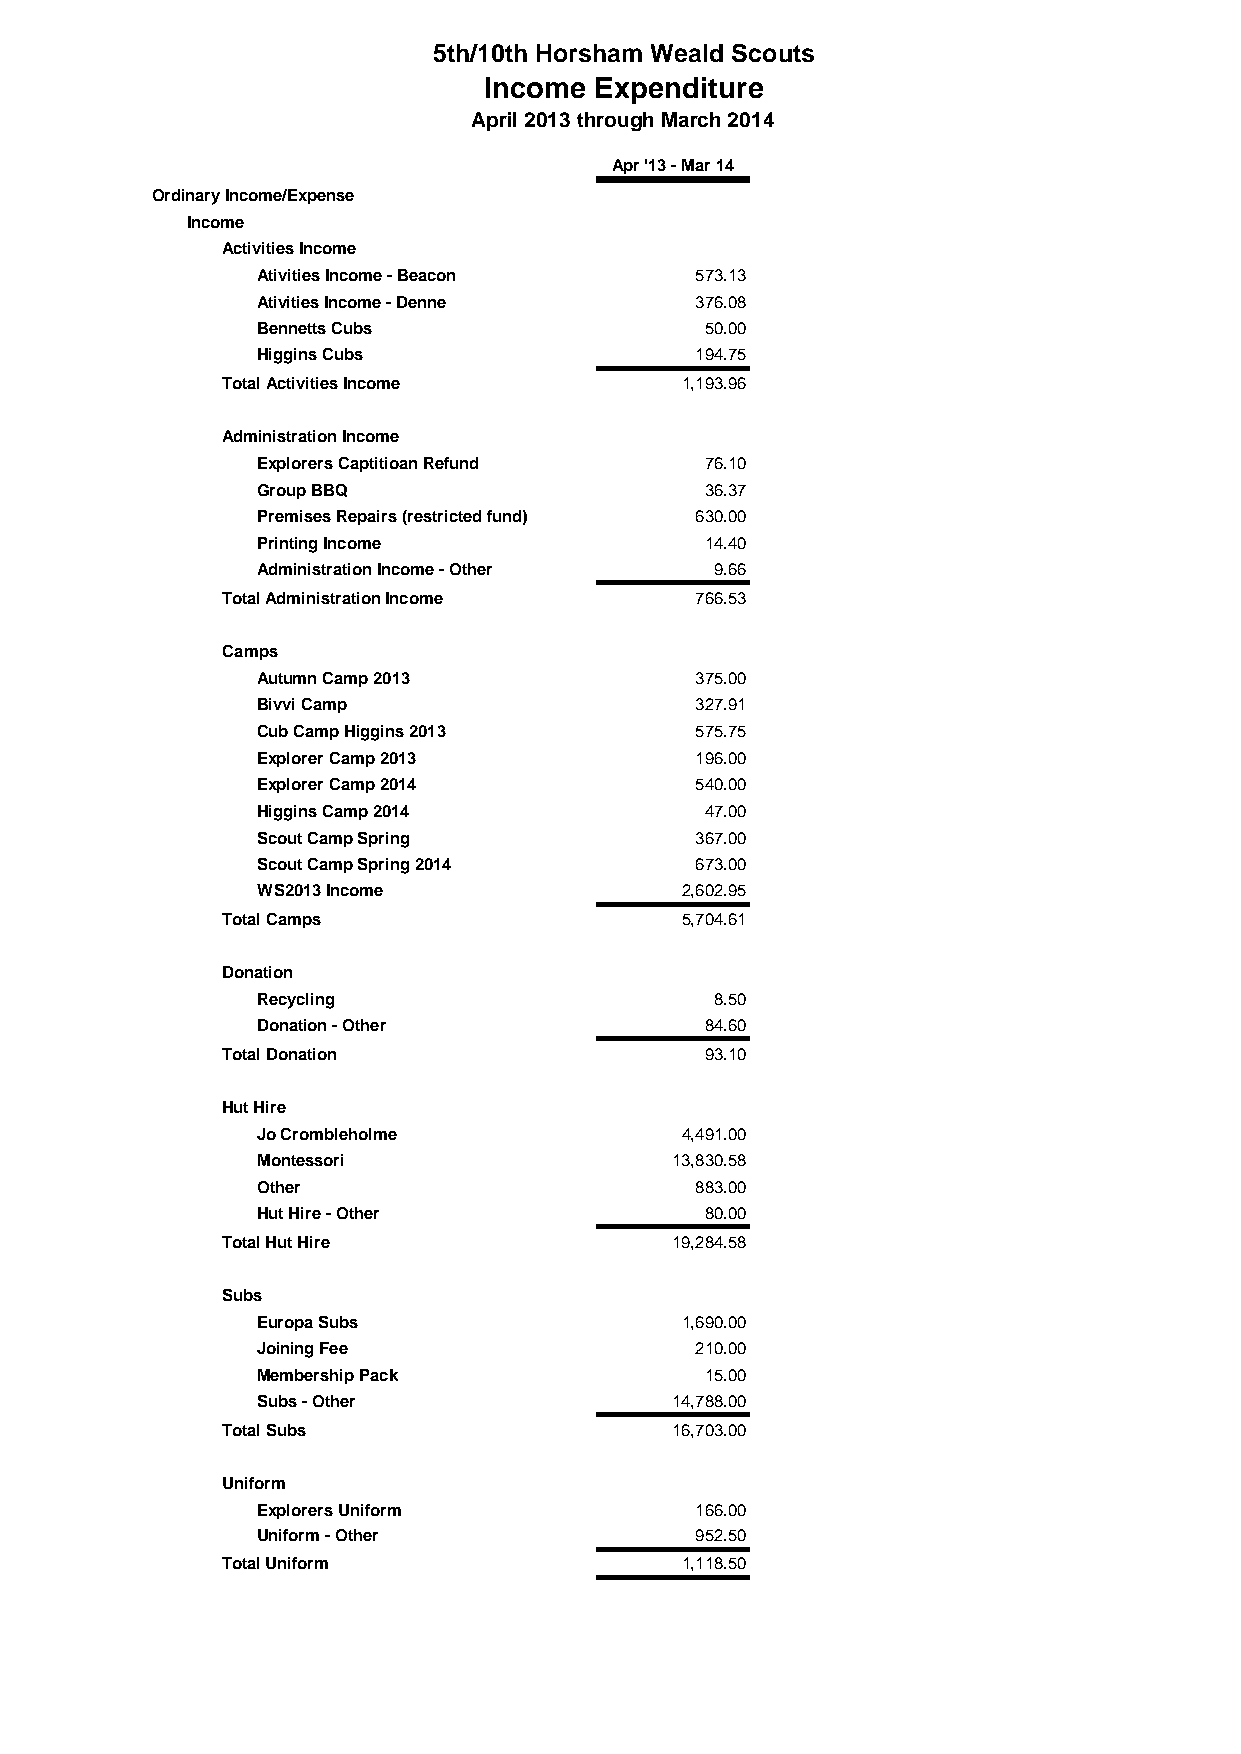
5th/10th Horsham Weald Scouts
 Income Expenditure
 April 2013 through March 2014
 Apr '13 - Mar 14
 Ordinary Income/Expense
 Income
 Activities Income
 Ativities Income - Beacon    573.13
 Ativities Income - Denne     376.08
 Bennetts Cubs                 50.00
 Higgins Cubs                 194.75
 Total Activities Income       1,193.96
 Administration Income
 Explorers Captitioan Refund   76.10
 Group BBQ                     36.37
 Premises Repairs (restricted fund) 630.00
 Printing Income               14.40
 Administration Income - Other 9.66
 Total Administration Income    766.53
 Camps
 Autumn Camp 2013             375.00
 Bivvi Camp                   327.91
 Cub Camp Higgins 2013        575.75
 Explorer Camp 2013           196.00
 Explorer Camp 2014           540.00
 Higgins Camp 2014             47.00
 Scout Camp Spring            367.00
 Scout Camp Spring 2014       673.00
 WS2013 Income               2,602.95
 Total Camps                   5,704.61
 Donation
 Recycling                     8.50
 Donation - Other              84.60
 Total Donation                  93.10
 Hut Hire
 Jo Crombleholme             4,491.00
 Montessori                 13,830.58
 Other                        883.00
 Hut Hire - Other              80.00
 Total Hut Hire               19,284.58
 Subs
 Europa Subs                 1,690.00
 Joining Fee                  210.00
 Membership Pack               15.00
 Subs - Other               14,788.00
 Total Subs                   16,703.00
 Uniform
 Explorers Uniform            166.00
 Uniform - Other              952.50
 Total Uniform                 1,118.50